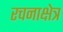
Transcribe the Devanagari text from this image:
रचनाक्षेत्र